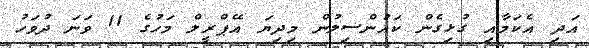
އަދި އެކަމާއި ގުޅިގެން ކައުންސިލުން މިދިޔަ އޭޕްރީލް މަހުގެ 11 ވަަނަ ދުވަހު